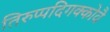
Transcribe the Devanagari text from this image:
तिरुप्पदिगक्कोवै